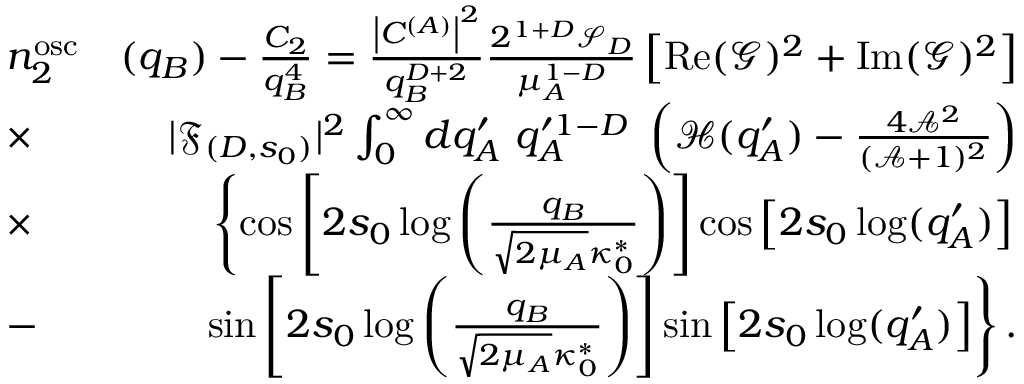
\begin{array} { r l r } & { n _ { 2 } ^ { \mathrm { o s c } } } & { ( q _ { B } ) - \frac { C _ { 2 } } { q _ { B } ^ { 4 } } = \frac { \left| C ^ { ( A ) } \right| ^ { 2 } } { q _ { B } ^ { D + 2 } } \frac { 2 ^ { 1 + D } \mathcal { S } _ { D } } { \mu _ { A } ^ { 1 - D } } \left[ \operatorname { R e } ( \mathcal { G } ) ^ { 2 } + \operatorname { I m } ( \mathcal { G } ) ^ { 2 } \right] } \\ & { \times } & { | \mathfrak { F } _ { ( D , s _ { 0 } ) } | ^ { 2 } \int _ { 0 } ^ { \infty } d q _ { A } ^ { \prime } \ q _ { A } ^ { \prime 1 - D } \ \left( \mathcal { H } ( q _ { A } ^ { \prime } ) - \frac { 4 \mathcal { A } ^ { 2 } } { ( \mathcal { A } + 1 ) ^ { 2 } } \right) } \\ & { \times } & { \left\{ \cos \left[ 2 s _ { 0 } \log \left( { \frac { q _ { B } } { \sqrt { 2 \mu _ { A } } \kappa _ { 0 } ^ { * } } } \right) \right] \cos \left[ 2 s _ { 0 } \log ( q _ { A } ^ { \prime } ) \right] \right. } \\ & { - } & { \left. \sin \left[ 2 s _ { 0 } \log \left( \frac { q _ { B } } { \sqrt { 2 \mu _ { A } } \kappa _ { 0 } ^ { * } } \right) \right] \sin \left[ 2 s _ { 0 } \log ( { q _ { A } ^ { \prime } ) } \right] \right\} . } \end{array}